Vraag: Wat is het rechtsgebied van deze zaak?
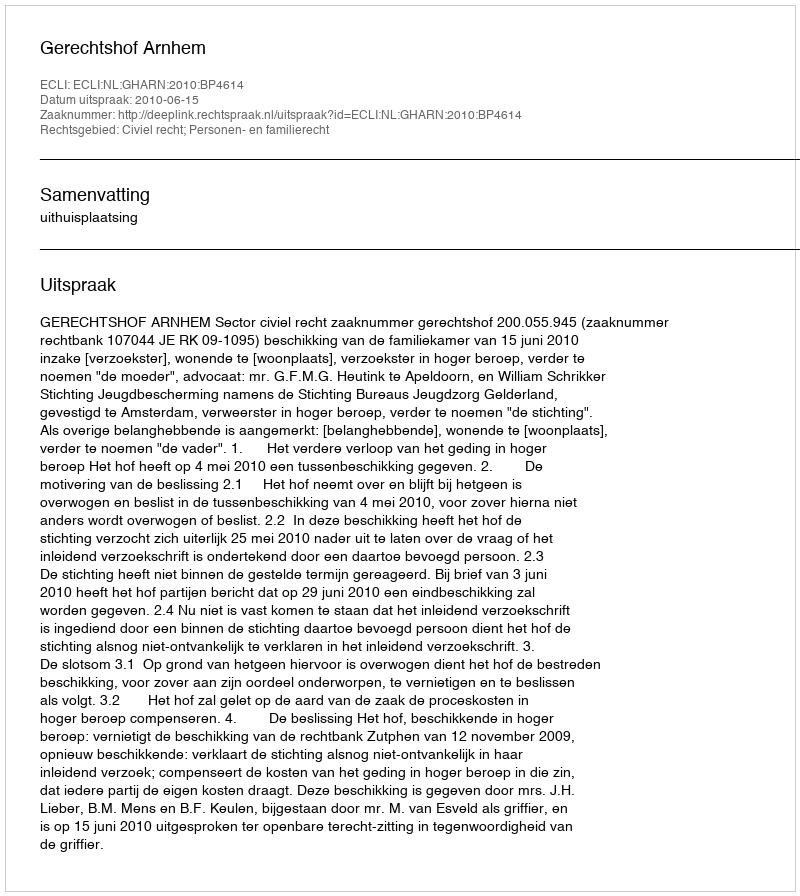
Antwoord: Civiel recht; Personen- en familierecht